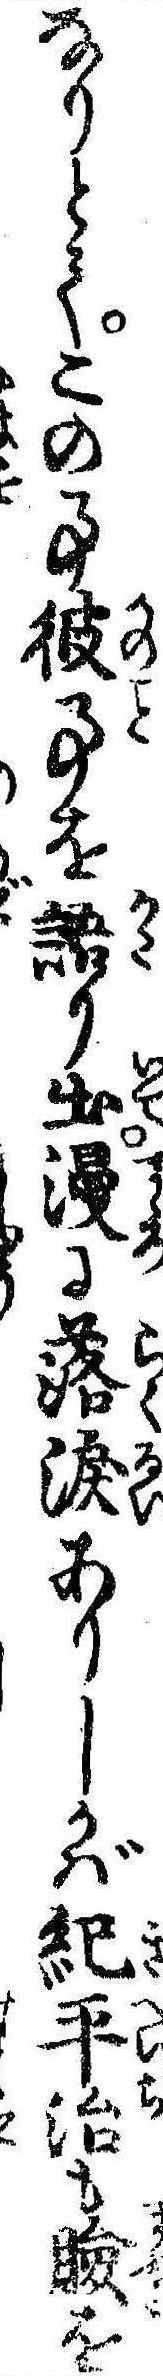
なりとてこの事彼事を語り出漫に落涙ありしかば紀平治も瞼を